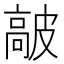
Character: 𩫋